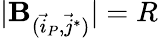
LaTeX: |\mathbf{B}_{(\vec{{i}}_{P},\vec{{j}}^{*})}|=R